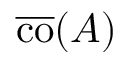
{ \overline { { \operatorname { c o } } } } ( A )